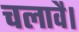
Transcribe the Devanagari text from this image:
चलावै।